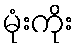
မုံးကိုး